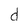
Character: d